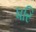
ધરિ